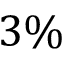
3 \%